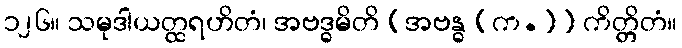
၁၂၆။ သမုဒါယတ္ထရဟိတံ၊ အဗဒ္ဓမိတိ [အဗန္ဓ (က.)] ကိတ္တိတံ။